Statistical return of the lunatic asylum in Assam - 1912-1932
Year: 1912
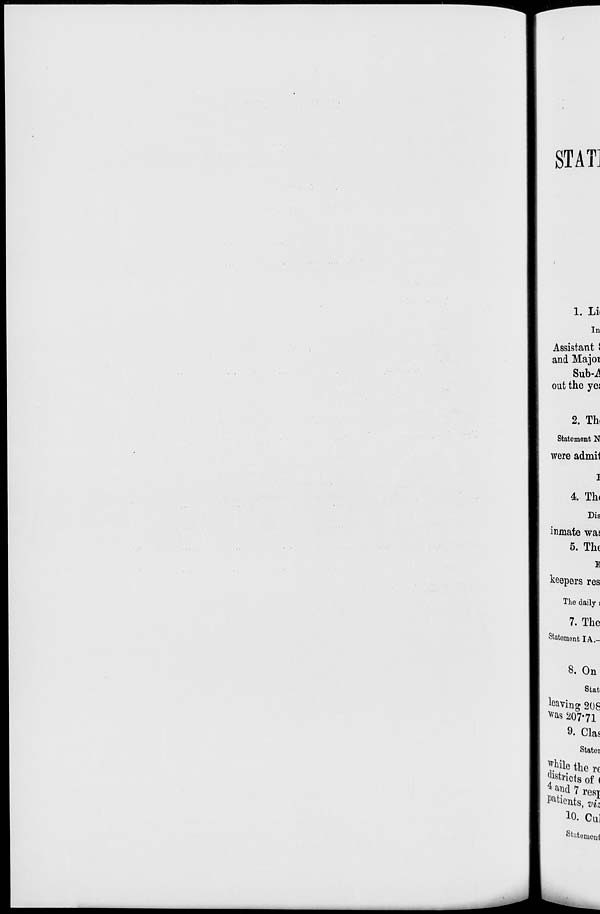
STAT
1. Li
In
Assistant I
and Major
out the yes
2. Th
Statement N
were admit
I
4. Th<
Dis
inmate wan
5. The
B
keepers res
The daily j
7. The
Statement I A-
8. On
Stat
leaving 208
was 207*71
9. Clas
Statei
*. h ile the re
Jstriots of (
; *?<* ? rest
Aleuts, vi\
1 0. Cui
Statomout